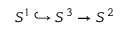
S ^ { 1 } \hookrightarrow S ^ { 3 } \to S ^ { 2 }